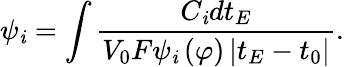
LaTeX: \psi_{\mathit{i}}=\int\frac{{C_{\mathit{i}}dt_{E}}}{{V_{0}F\psi_{\mathit{i}}\left(\varphi\right)\left|t_{E}-t_{0}\right|}}.